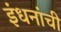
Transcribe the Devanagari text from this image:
इंधनांची